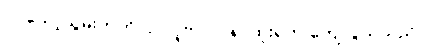
၇။ သော့သွမ်းတတ်လှ၊ လူဗာလ၊ ရာထူးရက-ကျေလွယ်သည်။